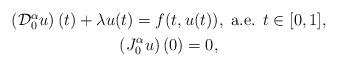
LaTeX: \begin{align*}\begin{gathered}\left(\mathcal{D}_0^\alpha u\right)(t)+\lambda u(t)= f(t,u(t)),\mbox{ a.e. } t\in [0,1],\\\left(J_0^\alpha u\right)(0)= 0,\end{gathered}\end{align*}